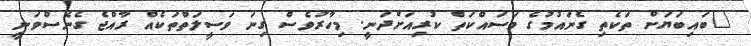
"ބައިބަޔަށް ތަކެތި ގެނައުމުގެ މަސައްކަތް ކުރިއަށްދަނީ. މިހާރުވެސް ގިނަ ވަސީލަތްތަކެއް ރާއްޖެ ގެނެސްވަނީ